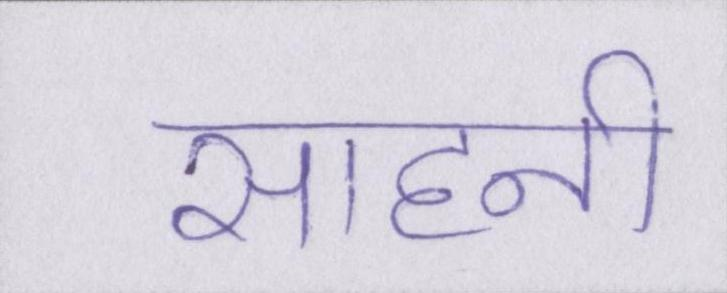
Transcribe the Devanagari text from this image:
साहनी